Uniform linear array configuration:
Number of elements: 48
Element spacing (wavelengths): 1
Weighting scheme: hann
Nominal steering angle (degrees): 60
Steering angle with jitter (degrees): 60.407
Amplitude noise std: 0.05
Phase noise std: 0.05

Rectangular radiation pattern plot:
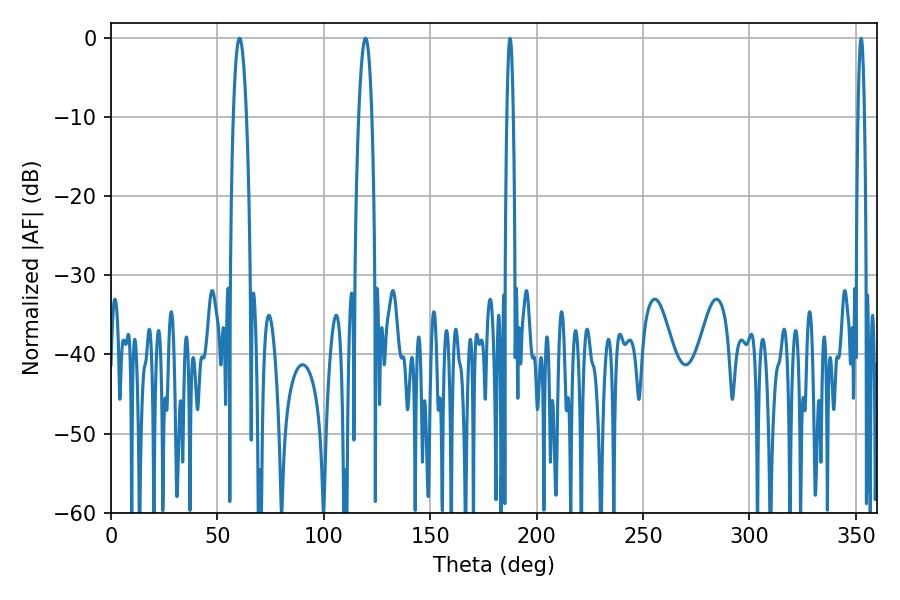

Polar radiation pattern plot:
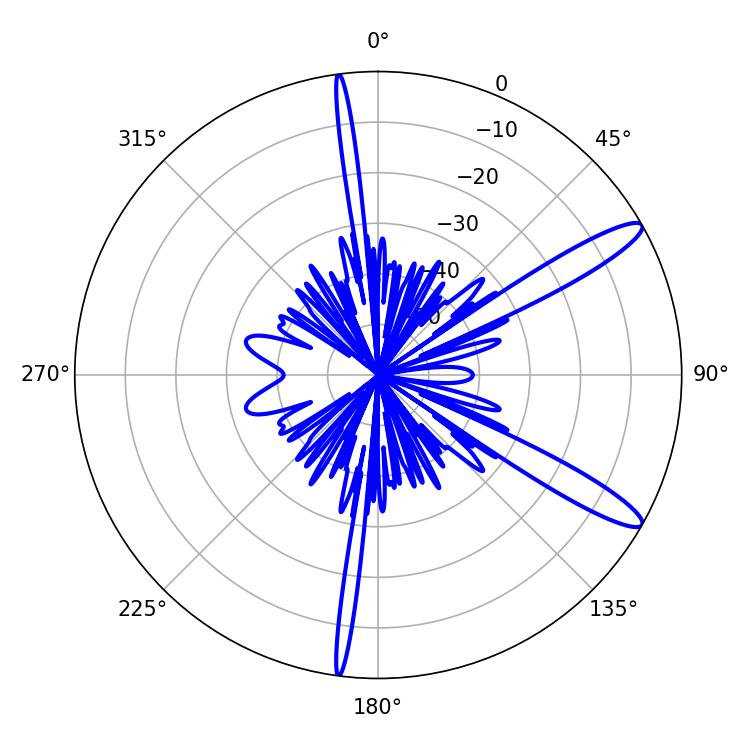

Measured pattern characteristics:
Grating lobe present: TRUE
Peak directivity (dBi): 12.825
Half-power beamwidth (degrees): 3.42
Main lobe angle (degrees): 60.48